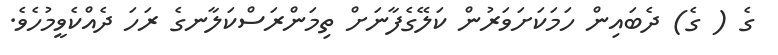
ގެ ( ގެ) ދެބައިން ހަމަކަށަވަރުން ކަލޭގެފާނަށް ތިމަންރަސްކަލާނގެ ރަހަ ދެއްކެވީމުހެވެ.